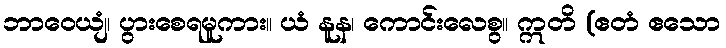
ဘာဝေယျံ၊ ပွားစေရမူကား။ ယံ နူန၊ ကောင်းလေစွ။ ဣတိ (ဧတံ ဧသော